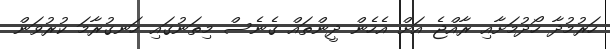
ހަރުމުދާ ހޯދުމަށާއި ރާއްޖެ އަށް އެހެން ދީންތައް ގެނެސް މިތަނުގައި ހަނގުރާމަ ކުރުވަން